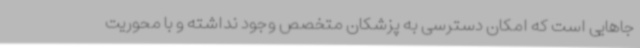
جاهایی است که امکان دسترسی به پزشکان متخصص وجود نداشته و با محوریت